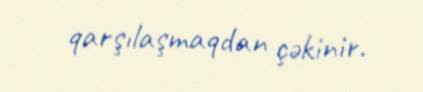
qarşılaşmaqdan çəkinir.